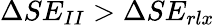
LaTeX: \Delta SE_{II}>\Delta SE_{rlx}